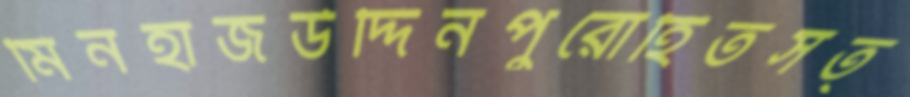
মিনহাজউদ্দিনপুরোহিতসত্